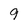
Character: 9